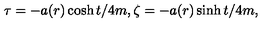
\tau = - a ( r ) \cosh t / 4 m , \zeta = - a ( r ) \sinh t / 4 m ,